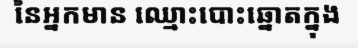
នៃអ្នកមាន ឈ្មោះបោះឆ្នោតក្នុង